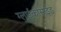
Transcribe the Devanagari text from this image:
ग्लाईकोसाईड